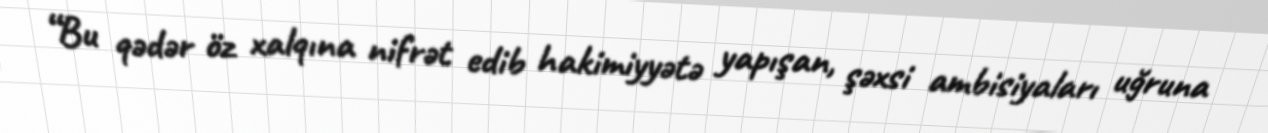
“Bu qədər öz xalqına nifrət edib hakimiyyətə yapışan, şəxsi ambisiyaları uğruna